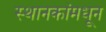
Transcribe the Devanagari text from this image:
स्थानकांमधून